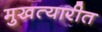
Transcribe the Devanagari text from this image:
मुखत्यारीत